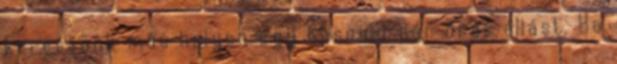
keressünk más helyen egy hasonló pár órás állást. Ha